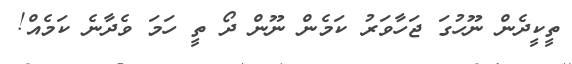
ތީކީދެން ނޫހުގަ ޖަހާވަރު ކަމެން ނޫން ދޯ ތީ ހަމަ ވެދާނެ ކަމެއް!